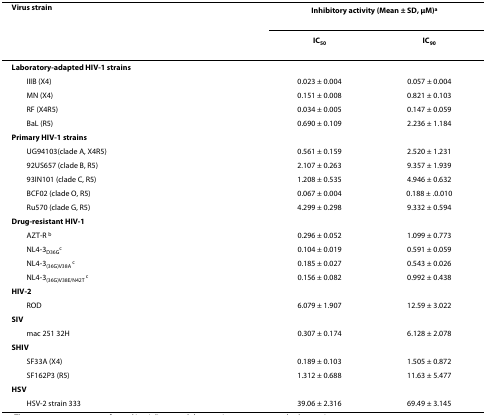
<table><thead><tr><td><b>Virus strain</b></td><td colspan="2"><b>Inhibitory activity (Mean ± SD, μM)<sup>a</sup></b></td></tr><tr><td></td><td><b>IC<sub>50</sub></b></td><td><b>IC<sub>90</sub></b></td></tr></thead><tbody><tr><td><b>Laboratory-adapted HIV-1 strains</b></td><td></td><td></td></tr><tr><td> IIIB (X4)</td><td>0.023 ± 0.004</td><td>0.057 ± 0.004</td></tr><tr><td> MN (X4)</td><td>0.151 ± 0.008</td><td>0.821 ± 0.103</td></tr><tr><td> RF (X4R5)</td><td>0.034 ± 0.005</td><td>0.147 ± 0.059</td></tr><tr><td> BaL (R5)</td><td>0.690 ± 0.109</td><td>2.236 ± 1.184</td></tr><tr><td><b>Primary HIV-1 strains</b></td><td></td><td></td></tr><tr><td> UG94103(clade A, X4R5)</td><td>0.561 ± 0.159</td><td>2.520 ± 1.231</td></tr><tr><td> 92US657 (clade B, R5)</td><td>2.107 ± 0.263</td><td>9.357 ± 1.939</td></tr><tr><td> 93IN101 (clade C, R5)</td><td>1.208 ± 0.535</td><td>4.946 ± 0.632</td></tr><tr><td> BCF02 (clade O, R5)</td><td>0.067 ± 0.004</td><td>0.188 ± .0.010</td></tr><tr><td> Ru570 (clade G, R5)</td><td>4.299 ± 0.298</td><td>9.332 ± 0.594</td></tr><tr><td><b>Drug-resistant HIV-1</b></td><td></td><td></td></tr><tr><td> AZT-R <sup>b</sup></td><td>0.296 ± 0.052</td><td>1.099 ± 0.773</td></tr><tr><td> NL4-3<sub>D36G</sub><sup>c</sup></td><td>0.104 ± 0.019</td><td>0.591 ± 0.059</td></tr><tr><td> NL4-3<sub>(36G)V38A </sub><sup>c</sup></td><td>0.185 ± 0.027</td><td>0.543 ± 0.026</td></tr><tr><td> NL4-3<sub>(36G)V38E/N42T </sub><sup>c</sup></td><td>0.156 ± 0.082</td><td>0.992 ± 0.438</td></tr><tr><td><b>HIV-2</b></td><td></td><td></td></tr><tr><td> ROD</td><td>6.079 ± 1.907</td><td>12.59 ± 3.022</td></tr><tr><td><b>SIV</b></td><td></td><td></td></tr><tr><td> mac 251 32H</td><td>0.307 ± 0.174</td><td>6.128 ± 2.078</td></tr><tr><td><b>SHIV</b></td><td></td><td></td></tr><tr><td> SF33A (X4)</td><td>0.189 ± 0.103</td><td>1.505 ± 0.872</td></tr><tr><td> SF162P3 (R5)</td><td>1.312 ± 0.688</td><td>11.63 ± 5.477</td></tr><tr><td><b>HSV</b></td><td></td><td></td></tr><tr><td> HSV-2 strain 333</td><td>39.06 ± 2.316</td><td>69.49 ± 3.145</td></tr></tbody></table>